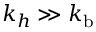
k _ { h } \gg k _ { \mathrm { b } }